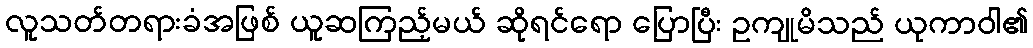
လူသတ်တရားခံအဖြစ် ယူဆကြည့်မယ် ဆိုရင်ရော ပြောပြီး ဥကျုမိသည် ယုကာဝါ၏